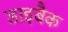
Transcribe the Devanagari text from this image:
डाइबैक